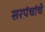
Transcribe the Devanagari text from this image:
सरपंचांचे